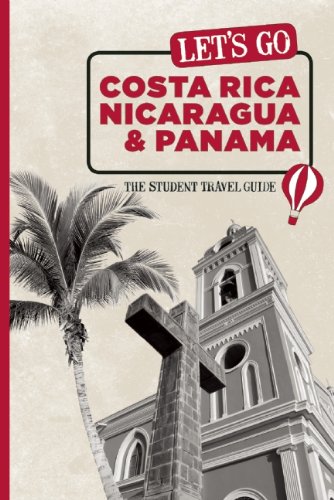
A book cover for Let's Go Costa Rica, Nicaragua, and Panama: The Student Travel Guide (Let's Go: Costa Rica, Nicaragua, & Panama); Inc. Harvard Student Agencies; Travel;